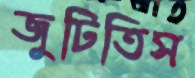
জুটিতিস